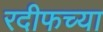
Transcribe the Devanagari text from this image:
रदीफच्या